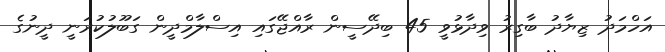
އަހްމަދު ޒިޔާދު ބާގިރު ވިދާޅުވީ 45 ބިދޭސީން ރާއްޖޭގައި އިސްލާމްދީން ގަބޫލުކުރަނީ ދީނުގެ